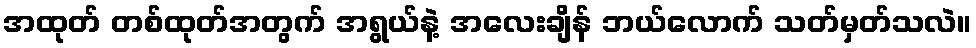
အထုတ် တစ်ထုတ်အတွက် အရွယ်နဲ့ အလေးချိန် ဘယ်လောက် သတ်မှတ်သလဲ။